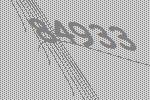
84933